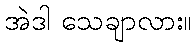
အဲဒါ သေချာလား။